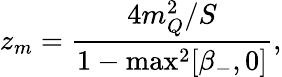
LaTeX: z_{m}=\frac{4m_{Q}^{2}/S}{1-\operatorname*{max}^{2}[\beta_{-},0]},